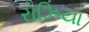
રોઝિયા